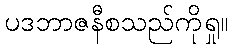
ပဒဘာဇနီစသည်ကိုရှု။